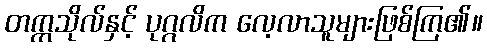
တက္ကသိုလ်နှင့် ပုဂ္ဂလိက လေ့လာသူများဖြစ်ကြ၏။